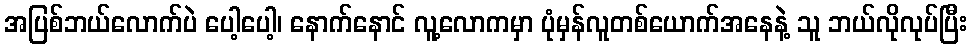
အပြစ်ဘယ်လောက်ပဲ ပေါ့ပေါ့၊ နောက်နောင် လူ့လောကမှာ ပုံမှန်လူတစ်ယောက်အနေနဲ့ သူ ဘယ်လိုလုပ်ပြီး